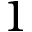
1